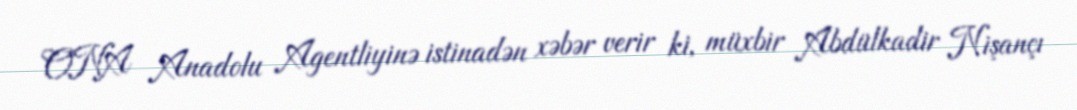
ONA Anadolu Agentliyinə istinadən xəbər verir ki, müxbir Abdülkadir Nişançı